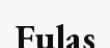
Fulas